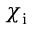
\chi _ { \mathrm { i } }